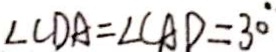
\angle C D A = \angle C A D = 3 0 ^ { \circ }